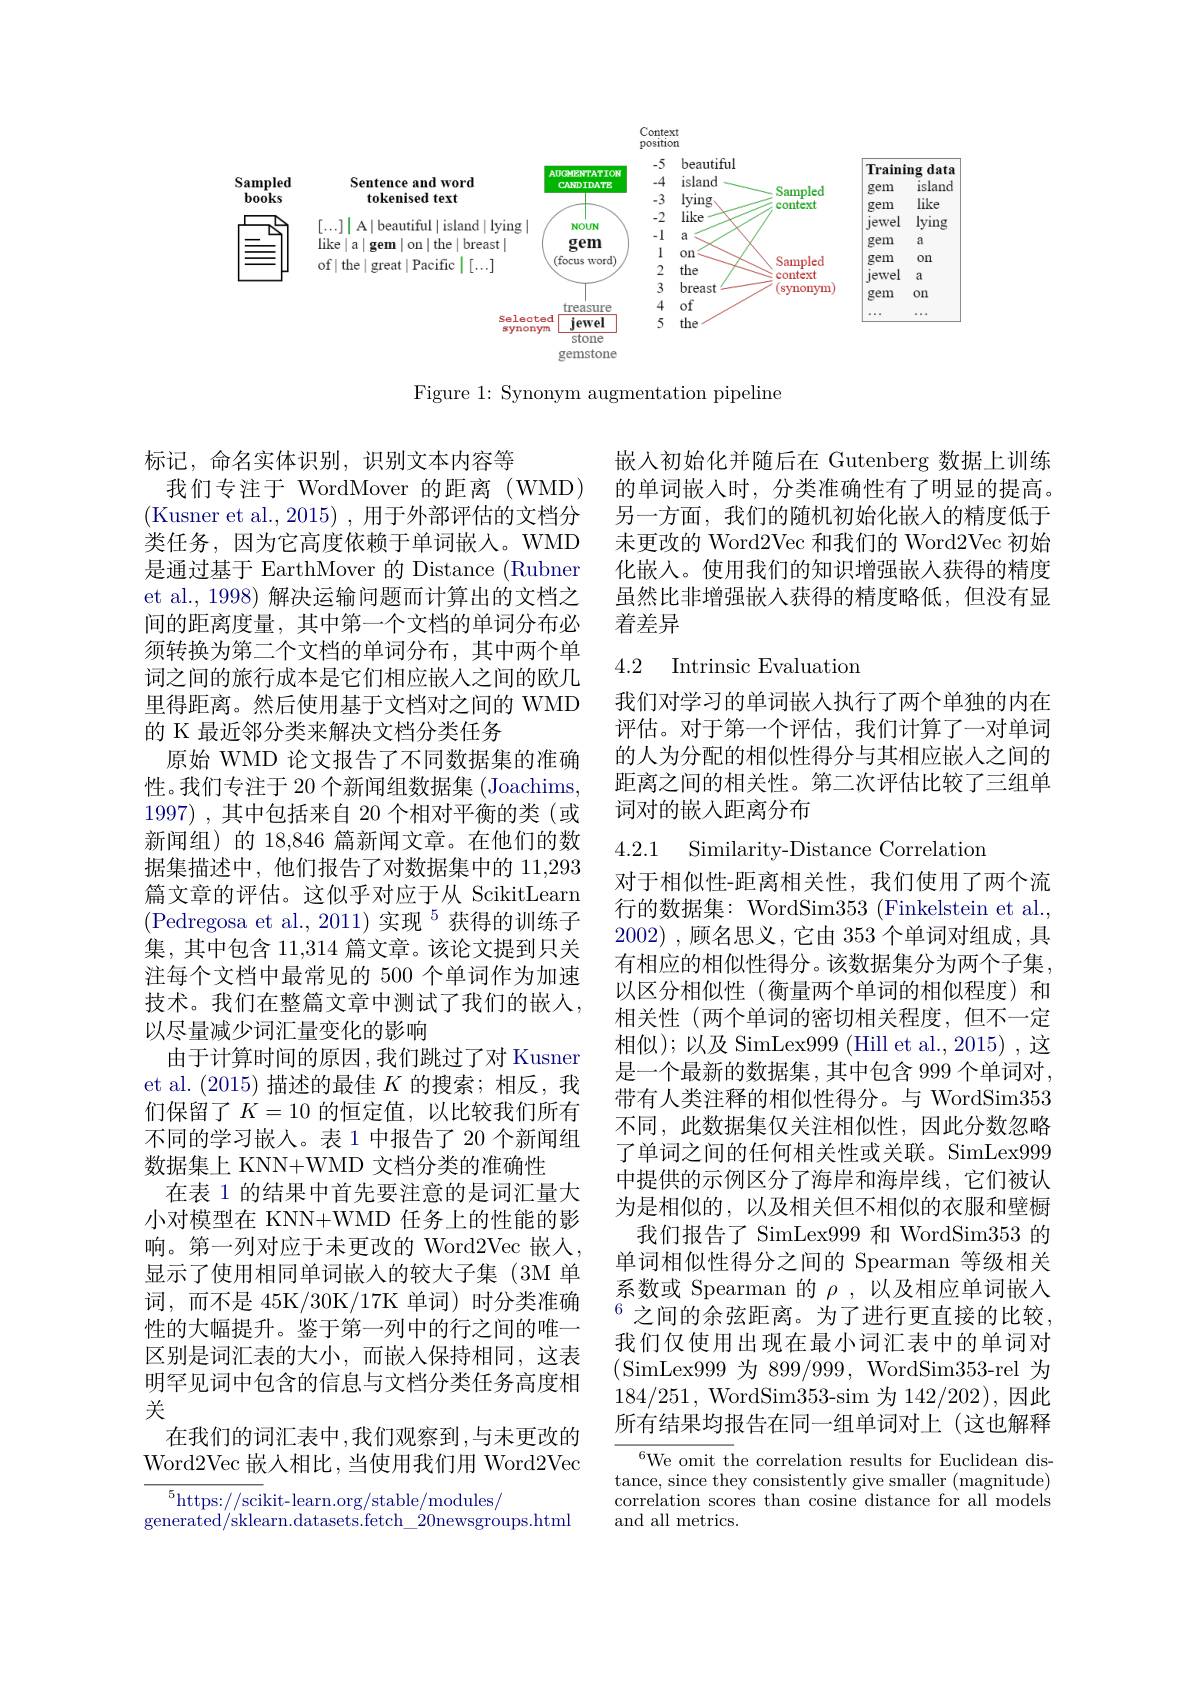
<FigureHere>

Figure 1: Synonym augmentation pipeline

嵌入初始化并随后在 Gutenberg 数据上训练的单词嵌入时，分类准确性有了明显的提高。另一方面，我们的随机初始化嵌入的精度低于未更改的 Word2Vec 和我们的 Word2Vec 初始化嵌入。使用我们的知识增强嵌人获得的精度虽然比非增强嵌入获得的精度略低，但没有显着差异

## 4.2 Intrinsic Evaluatior

我们对学习的单词嵌人执行了两个单独的内在评估。对于第一个评估，我们计算了一对单词的人为分配的相似性得分与其相应嵌人之间的距离之间的相关性。第二次评估比较了三组单词对的嵌人距离分布

4.2.1 Similarity-Distance Correlatior

标记，命名实体识别，识别文本内容等
我们专注于 WordMover 的距离(WMD) (Kusner et al., 2015) , 用于外部评估的文档分类任务，因为它高度依赖于单词嵌人。WMD 是通过基于 EarthMover 的 Distance (Rubner et al., 1998) 解决运输问题而计算出的文档之间的距离度量，其中第一个文档的单词分布必须转换为第二个文档的单词分布，其中两个单词之间的旅行成本是它们相应嵌入之间的欧几里得距离。然后使用基于文档对之间的 WMD 的 K 最近邻分类来解决文档分类任务
原始 WMD 论文报告了不同数据集的准确性。我们专注于 20 个新闻组数据集 (Joachims, 1997) , 其中包括来自 20 个相对平衡的类 $( 或$ 新闻组)的 18,846 篇新闻文章。在他们的数据集描述中，他们报告了对数据集中的 11,293篇文章的评估。这似乎对应于从 ScikitLearn (Pedregosa et al.,2011)实现$^5$获得的训练子集，其中包含 11,314 篇文章。该论文提到只关注每个文档中最常见的 500 个单词作为加速技术。我们在整篇文章中测试了我们的嵌人， 以尽量减少词汇量变化的影响
由于计算时间的原因 ,我们跳过了对 Kusner et al.(2015)描述的最佳$K$的搜索；相反，我们保留了$K=10$ 的恒定值，以比较我们所有不同的学习嵌人。表 1 中报告了 20 个新闻组数据集上 KNN+WMD 文档分类的准确性
在表 1 的结果中首先要注意的是词汇量大小对模型在 KNN+WMD 任务上的性能的影响。第一列对应于未更改的 Word2Vec 嵌人， 显示了使用相同单词嵌入的较大子集(3M 单词，而不是 45K/30K/17K 单词) 时分类准确性的大幅提升。鉴于第一列中的行之间的唯一区别是词汇表的大小，而嵌人保持相同，这表明罕见词中包含的信息与文档分类任务高度相关
在我们的词汇表中，我们观察到，与未更改的Word2Vec 嵌入相比，当使用我们用 Word2Vec
$^5$https://scikit-learn.org/stable/modules/

对于相似性-距离相关性，我们使用了两个流行的数据集：WordSim353 (Finkelstein et al., 2002),顾名思义，它由 353个单词对组成，具有相应的相似性得分。该数据集分为两个子集， 以区分相似性(衡量两个单词的相似程度)和相关性(两个单词的密切相关程度，但不一定相似);以及 SimLex999 (Hill et al., 2015) ,这是一个最新的数据集，其中包含 999个单词对， 带有人类注释的相似性得分。与 WordSim353不同，此数据集仅关注相似性，因此分数忽略了单词之间的任何相关性或关联。SimLex999中提供的示例区分了海岸和海岸线，它们被认为是相似的，以及相关但不相似的衣服和壁橱
我们报告了 SimLex999 和 WordSim353 的单词相似性得分之间的 Spearman 等级相关系数或 Spearman 的$\rho$ ,以及相应单词嵌入$^{6}$之间的余弦距离。为了进行更直接的比较， 我们仅使用出现在最小词汇表中的单词对(SimLex999为 899/999, WordSim353-rel 为184/251, WordSim353-sim 为 142/202),因此所有结果均报告在同一组单词对上(这也解释

$^{6}$We omit the correlation results for Euclidean distance, since they consistently give smaller (magnitude) correlation scores than cosine distance for all models and all metrics.

generated/sklearn.datasets.fetch\_20newsgroups.html